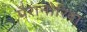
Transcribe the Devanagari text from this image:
पैरानोरिया